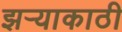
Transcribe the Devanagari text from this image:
झर्‍याकाठी